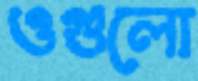
ওগুলো